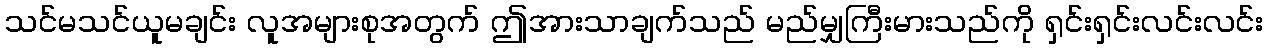
သင်မသင်ယူမချင်း လူအများစုအတွက် ဤအားသာချက်သည် မည်မျှကြီးမားသည်ကို ရှင်းရှင်းလင်းလင်း